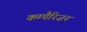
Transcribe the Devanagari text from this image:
कम्पैरिज़न